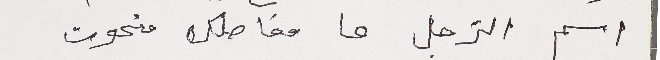
اسم الزجل ما مفاصلك منحوت